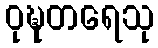
ဝုဍ္ဎတရေသု